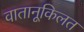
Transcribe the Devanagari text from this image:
वातानूकिलत